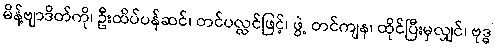
မိန့်ဗျာဒိတ်ကို၊ ဦးထိပ်ပန်ဆင်၊ တင်ပလ္လင်ဖြင့်၊ ဖွဲ့ တင်ကျန၊ ထိုင်ပြီးမှလျှင်၊ ဗုဒ္ဓ